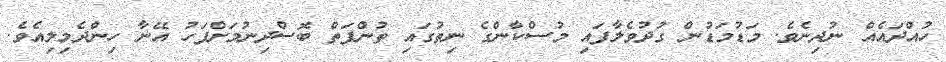
ހުއްދައެއް ނުދިނެވެ. މަޑުމަޑުން ގުދުވެލާފައި މުސްކާންގެ ނިތުގައި ތުންފަތް ބޮސްދިނުމަށްފަހު އޭނާ ހިންދެމިލިއެވެ.